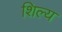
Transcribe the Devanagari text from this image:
शिल्य